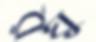
রঘু